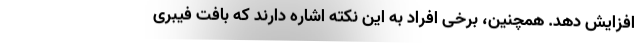
افزایش دهد. همچنین، برخی افراد به این نکته اشاره دارند که بافت فیبری